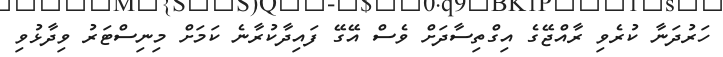
ހަރުދަނާ ކުރެވި ރާއްޖޭގެ އިގްތިސާދަށް ވެސް އޭގޭ ފައިދާކުރާނެ ކަމަށް މިނިސްޓަރު ވިދާޅުވި